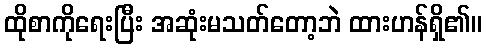
ထိုစာကိုရေးပြီး အဆုံးမသတ်တော့ဘဲ ထားဟန်ရှိ၏။